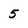
Character: 5